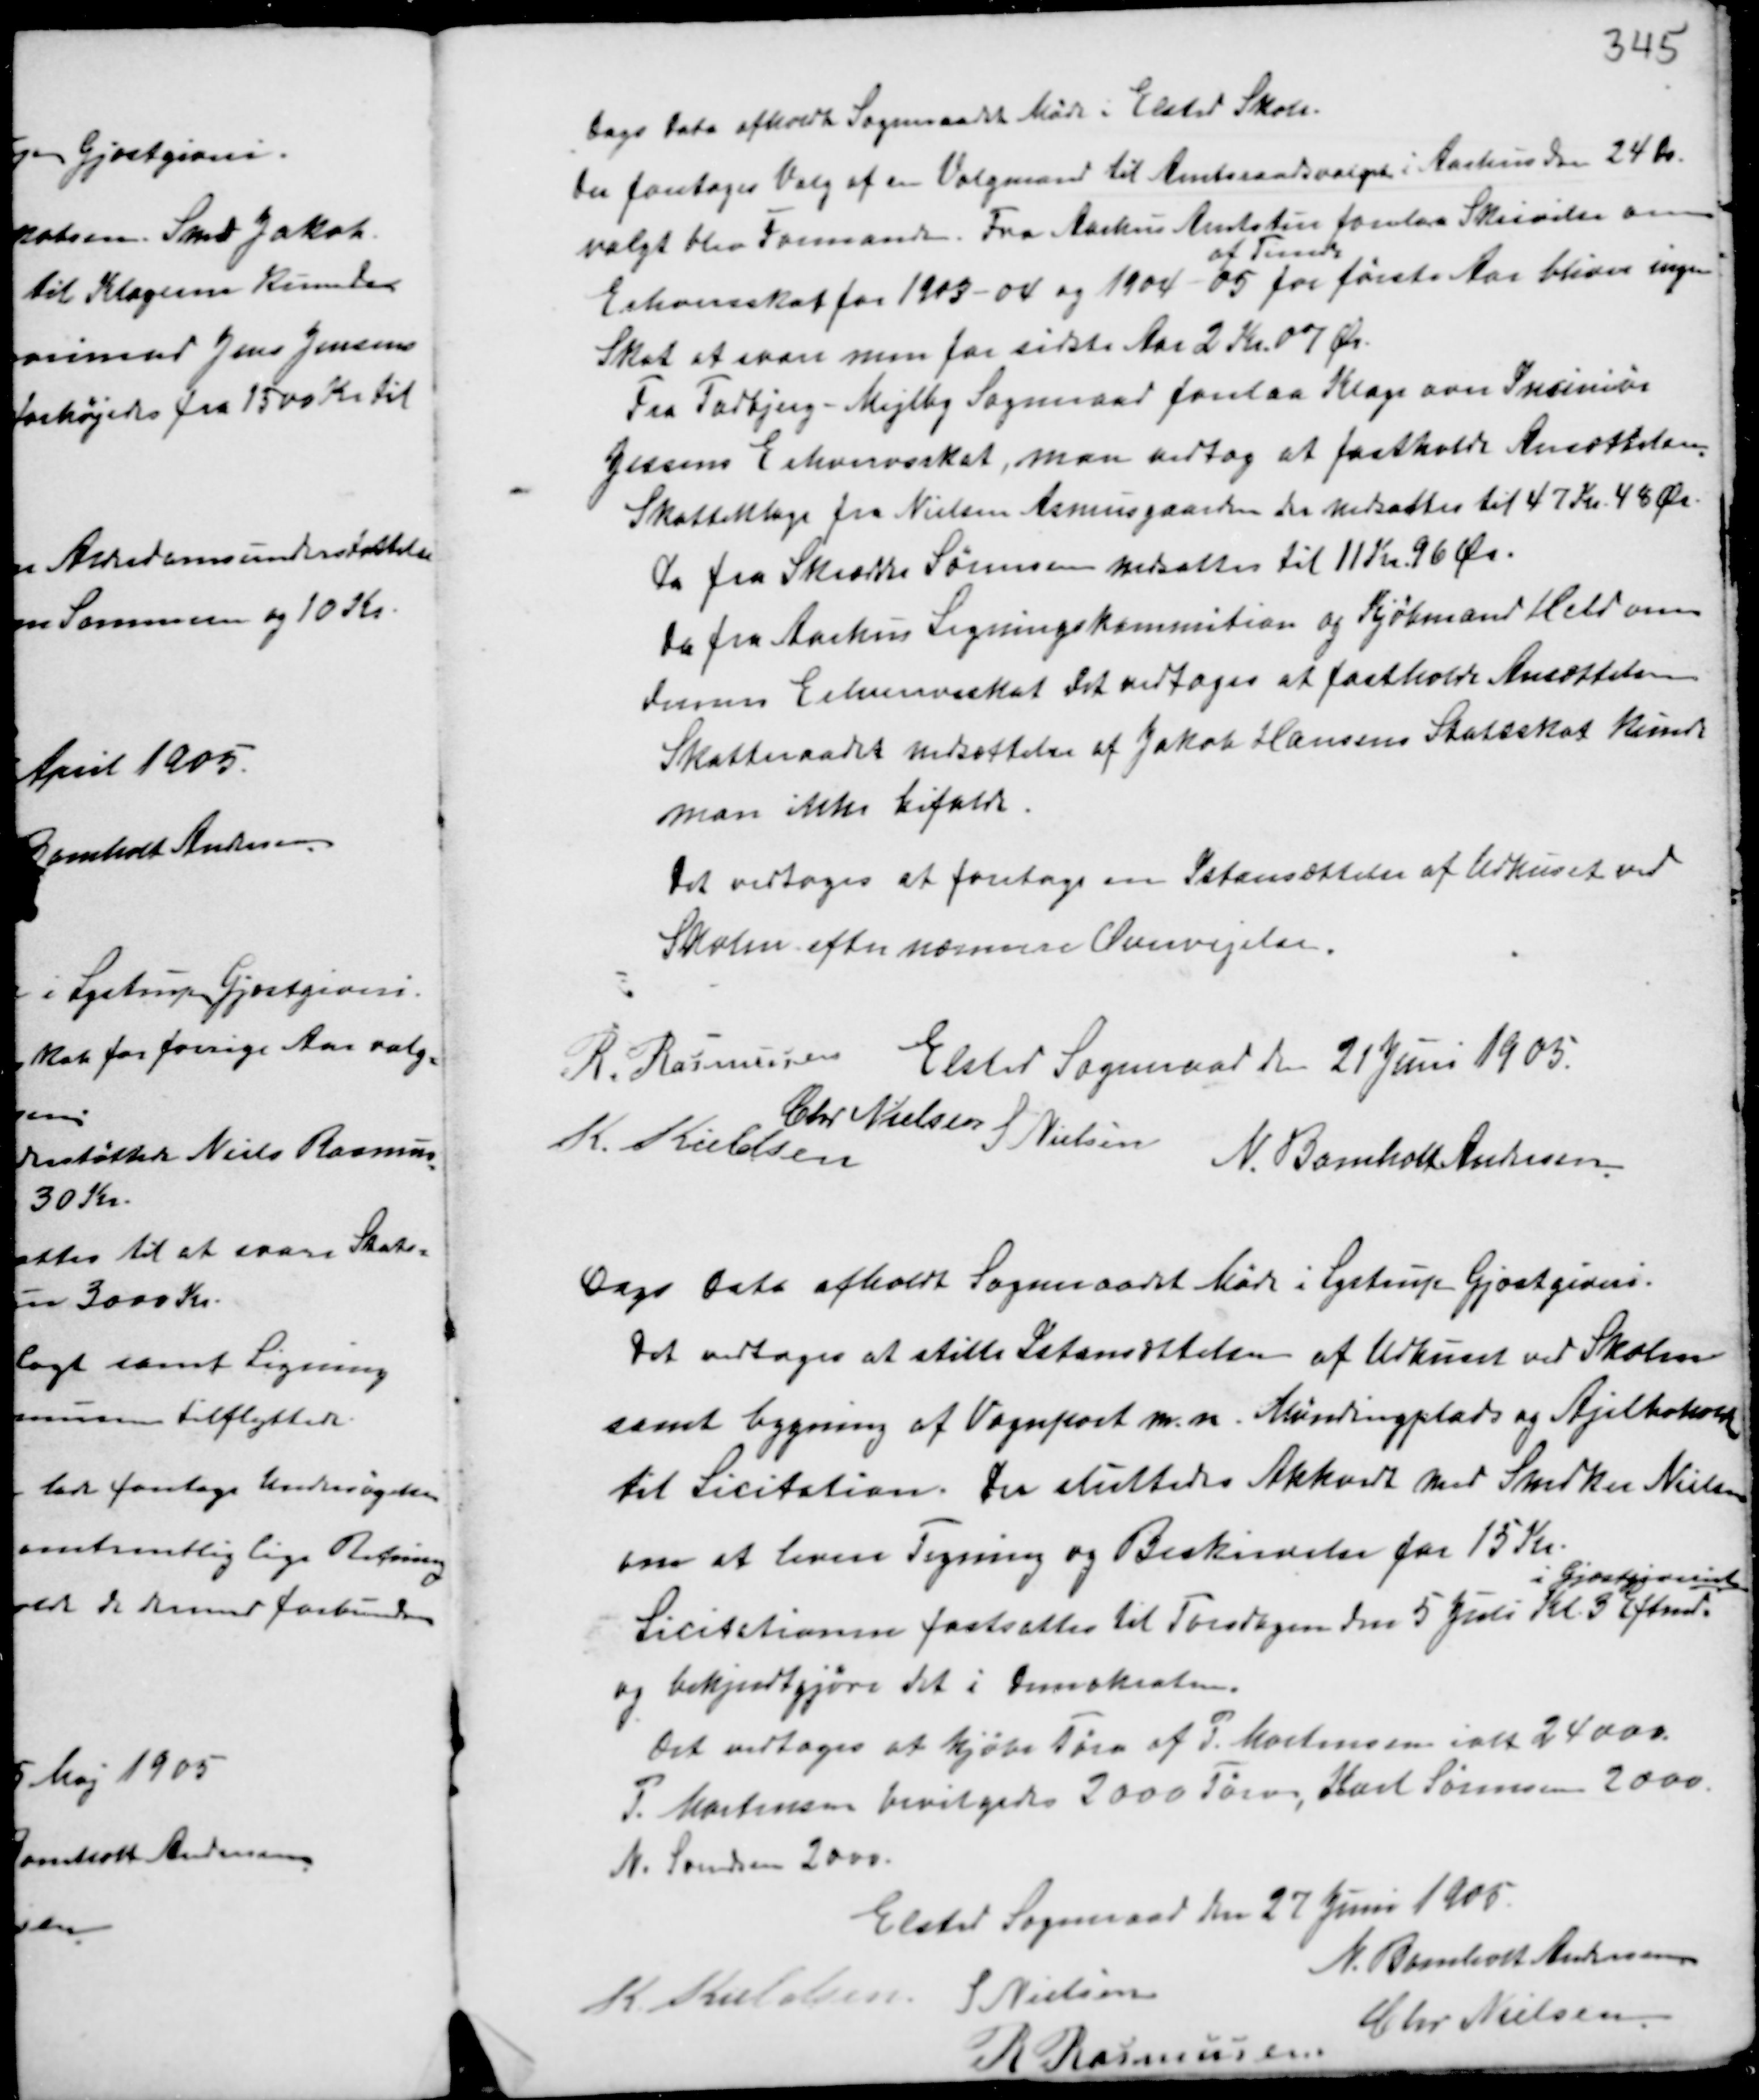
Transskription:
Dags Dato afholdt Sogneraadet Møde i Elsted Skole.
Der foretoges Valg af en Valgmand til Amtsraadsvalget i Aarhus den 24 De
valgt blev Formanden. Fra Aarhus Amtstue forelaa Skrivelse om
Erhversskat for 1903-03 og 1904-05
af Tiende
for første Aar bliver ingen
Skat at svare men for sidste Aar 2 Kr. 07 Ør.
Fra Todbjerg-Mejlby Sogneraad forelaa Klage over Insiniør
Jessens Erhvervsskat, man vedtog at fastholde Ansættelsen.
Skatteklage fra Nielsen Asmusgaard der nedsattes til 47 Kr. 45 Ør.
do fra Skrædder Sørensen nedsattes til 11 Kr. 96 Ør.
do fra Aarhus Ligningskommition og Kjøbmand Held om
dennes Erhvervsskat det vedtoges at fastholde Ansættelsen
Skatteraadets nedsættelse af Jakob Hansens Statsskat kunde
man ikke bifalde.
Det vedtoges at foretage en Istansættelse af Udhuset ved
Skolen efter nærmere Overvejelse.

Elsted Sogneraad den 21 Juni 1905.
R. Rasmussen
K. Kieldsen
Chr Nielsen
S Nielsen
N. Bomholt Andersen

Dags Dato afholdt Sogneraadet Møde i Lystrup Gjæstgiveri.
Det vedtoges at stille Istansættelsen af Udhuset ved Skolen
samt bygning af Vognpost m.m. Mønstringplads og Axxx
til Licitation. Der sluttedes Akkord med Snedker Nielsen
om at levere Tegning og Beskrivelse for 15 Kr.
Licitationen fastsattes til Torsdagen den 5 Juli Kl. 3 Eftermd.
i Gjæstgiveriet
og bekjendtgøre det i Demokraten.
Det vedtoges at kjøbe Tørv af P. Mortensen ialt 24000.
P. Mortensen bevilgedes 2000 Tørv, Karl Sørensen 2000.
N. Svendsen 2000.

Elsted Sogneraad den 27 Juni 1905.
K. Kieldsen S Nielsen
N. Bomholt Andersen
R Rasmussen
Chr Nielsen